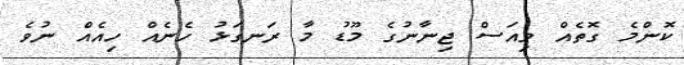
ކޮންމެ ގޮތެއް ވިއަސް ޖިނާނުގެ މޫޑު މާ ރަނގަޅު ހެނެއް ހިއެއް ނުވެ